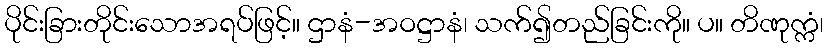
ပိုင်းခြားတိုင်းသောအရပ်ဖြင့်။ ဌာနံ-အဝဋ္ဌာနံ၊ သက်၍တည်ခြင်းကို။ ပ။ တိဏုက္ကံ၊